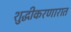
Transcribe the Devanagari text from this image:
शुद्धीकरणारात